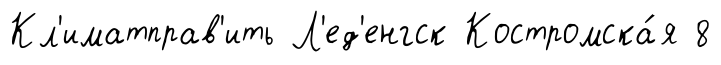
Кл'иматправ'ить Л'ед'енгск Костромска́я 8